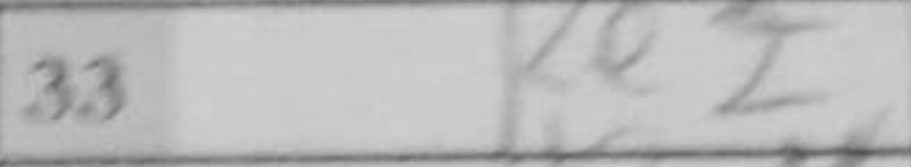
Transcription: Re2